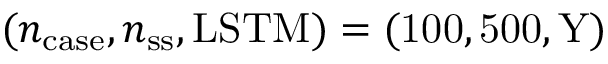
( n _ { \mathrm { c a s e } } , n _ { \mathrm { s s } } , \mathrm { { L S T M } ) = ( 1 0 0 , 5 0 0 , Y ) }